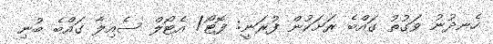
ހެނދުނު ވަގުތު ގައްބެ ރަށަކުން ފުރަނީ: ފޮޓޯ/ އެޓޯލް ސެއިލާ ގައްބެ ބުނި